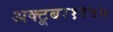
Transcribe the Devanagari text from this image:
अक्टूबर१९५७